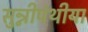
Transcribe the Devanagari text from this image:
सुन्नीपंथीया